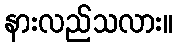
နားလည်သလား။